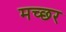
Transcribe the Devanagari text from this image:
मच्‍छर